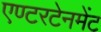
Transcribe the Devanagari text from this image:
एण्टरटेनमेंट